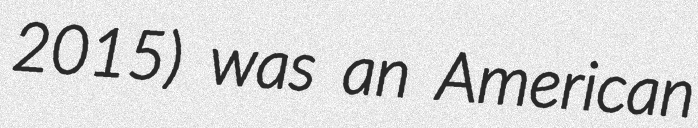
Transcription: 2015) was an American